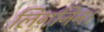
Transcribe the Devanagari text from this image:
लिगनिन।